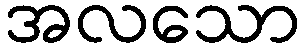
အလသော